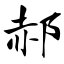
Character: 郝